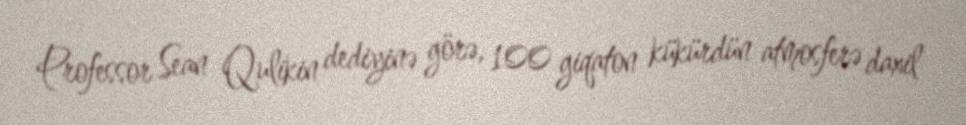
Professor Sean Qulikin dediyinə görə, 100 giqaton kükürdün atmosferə daxil